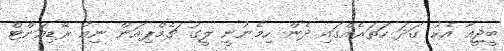
ބީޖީއާ އެކު ގަދަ ހަތަރެއްގައި ދެން ހިމެނުނީ ލީގު ޗެމްޕިއަން ނިއު ރޭޑިއަންޓް